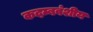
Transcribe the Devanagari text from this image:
कदम्बवंशीय